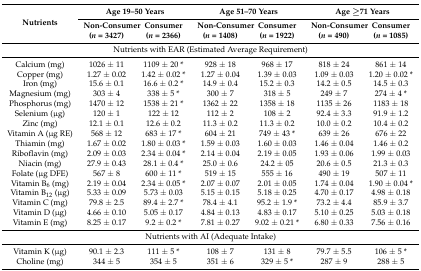
<table><thead><tr><td rowspan="2"><b>Nutrients</b></td><td colspan="2"><b>Age 19–50 Years</b></td><td colspan="2"><b>Age 51–70 Years</b></td><td colspan="2"><b>Age ≥71 Years</b></td></tr><tr><td><b>Non-Consumer (<i>n</i> = 3427)</b></td><td><b>Consumer (<i>n</i> = 2366)</b></td><td><b>Non-Consumer (<i>n</i> = 1408)</b></td><td><b>Consumer (<i>n</i> = 1922)</b></td><td><b>Non-Consumer (<i>n</i> = 490)</b></td><td><b>Consumer (<i>n</i> = 1085)</b></td></tr></thead><tbody><tr><td colspan="7">Nutrients with EAR (Estimated Average Requirement)</td></tr><tr><td>Calcium (mg)</td><td>1026 ± 11</td><td>1109 ± 20 *</td><td>928 ± 18</td><td>968 ± 17</td><td>818 ± 24</td><td>861 ± 14</td></tr><tr><td>Copper (mg)</td><td>1.27 ± 0.02</td><td>1.42 ± 0.02 *</td><td>1.27 ± 0.04</td><td>1.39 ± 0.03</td><td>1.09 ± 0.03</td><td>1.20 ± 0.02 *</td></tr><tr><td>Iron (mg)</td><td>15.6 ± 0.1</td><td>16.6 ± 0.2 *</td><td>14.9 ± 0.4</td><td>15.2 ± 0.3</td><td>14.2 ± 0.5</td><td>14.5 ± 0.3</td></tr><tr><td>Magnesium (mg)</td><td>303 ± 4</td><td>338 ± 5 *</td><td>300 ± 7</td><td>318 ± 5</td><td>249 ± 7</td><td>274 ± 4 *</td></tr><tr><td>Phosphorus (mg)</td><td>1470 ± 12</td><td>1538 ± 21 *</td><td>1362 ± 22</td><td>1358 ± 18</td><td>1135 ± 26</td><td>1183 ± 18</td></tr><tr><td>Selenium (μg)</td><td>120 ± 1</td><td>122 ± 12</td><td>112 ± 2</td><td>108 ± 2</td><td>92.4 ± 3.3</td><td>91.9 ± 1.2</td></tr><tr><td>Zinc (mg)</td><td>12.1 ± 0.1</td><td>12.6 ± 0.2</td><td>11.3 ± 0.2</td><td>11.3 ± 0.2</td><td>10.0 ± 0.2</td><td>10.4 ± 0.2</td></tr><tr><td>Vitamin A (μg RE)</td><td>568 ± 12</td><td>683 ± 17 *</td><td>604 ± 21</td><td>749 ± 43 *</td><td>639 ± 26</td><td>676 ± 22</td></tr><tr><td>Thiamin (mg)</td><td>1.67 ± 0.02</td><td>1.80 ± 0.03 *</td><td>1.59 ± 0.03</td><td>1.60 ± 0.03</td><td>1.46 ± 0.04</td><td>1.46 ± 0.2</td></tr><tr><td>Riboflavin (mg)</td><td>2.09 ± 0.03</td><td>2.34 ± 0.04 *</td><td>2.14 ± 0.04</td><td>2.19 ± 0.05</td><td>1.93 ± 0.06</td><td>1.99 ± 0.03</td></tr><tr><td>Niacin (mg)</td><td>27.9 ± 0.43</td><td>28.1 ± 0.4 *</td><td>25.0 ± 0.6</td><td>24.2 ± 05</td><td>20.6 ± 0.5</td><td>21.3 ± 0.3</td></tr><tr><td>Folate (μg DFE)</td><td>567 ± 8</td><td>600 ± 11 *</td><td>519 ± 15</td><td>555 ± 16</td><td>490 ± 19</td><td>507 ± 11</td></tr><tr><td>Vitamin B<sub>6</sub> (mg)</td><td>2.19 ± 0.04</td><td>2.34 ± 0.05 *</td><td>2.07 ± 0.07</td><td>2.01 ± 0.05</td><td>1.74 ± 0.04</td><td>1.90 ± 0.04 *</td></tr><tr><td>Vitamin B<sub>12</sub> (μg)</td><td>5.33 ± 0.09</td><td>5.73 ± 0.03</td><td>5.15 ± 0.15</td><td>5.18 ± 0.25</td><td>4.70 ± 0.17</td><td>4.98 ± 0.18</td></tr><tr><td>Vitamin C (mg)</td><td>79.8 ± 2.5</td><td>89.4 ± 2.7 *</td><td>78.4 ± 4.1</td><td>95.2 ± 1.9 *</td><td>73.2 ± 4.4</td><td>85.9 ± 3.7</td></tr><tr><td>Vitamin D (μg)</td><td>4.66 ± 0.10</td><td>5.05 ± 0.17</td><td>4.84 ± 0.13</td><td>4.83 ± 0.17</td><td>5.10 ± 0.25</td><td>5.03 ± 0.18</td></tr><tr><td>Vitamin E (mg)</td><td>8.25 ± 0.17</td><td>9.2 ± 0.2 *</td><td>7.81 ± 0.27</td><td>9.02 ± 0.21 *</td><td>6.80 ± 0.33</td><td>7.56 ± 0.16</td></tr><tr><td colspan="7">Nutrients with AI (Adequate Intake)</td></tr><tr><td>Vitamin K (μg)</td><td>90.1 ± 2.3</td><td>111 ± 5 *</td><td>108 ± 7</td><td>131 ± 8</td><td>79.7 ± 5.5</td><td>106 ± 5 *</td></tr><tr><td>Choline (mg)</td><td>344 ± 5</td><td>354 ± 5</td><td>351 ± 6</td><td>329 ± 5 *</td><td>287 ± 9</td><td>288 ± 5</td></tr></tbody></table>